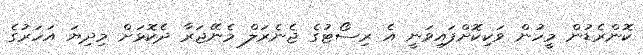
ކޮންރެޑުން މީހުން ވަކިކޮށްފައިވަނީ އެ ރިސޯޓުގެ ޖެނެރަލް މެނޭޖަރާ ދެކޮޅަށް މިދިޔަ އަހަރުގެ